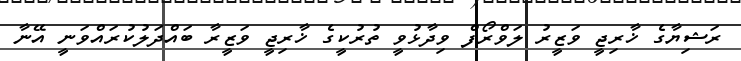
ރަޝިޔާގެ ޚާރިޖީ ވަޒީރު ލަވްރޯފް ވިދާޅުވީ ތުރުކީގެ ޚާރިޖީ ވަޒީރާ ބައްދަލުކުރައްވަނީ އޭނާ